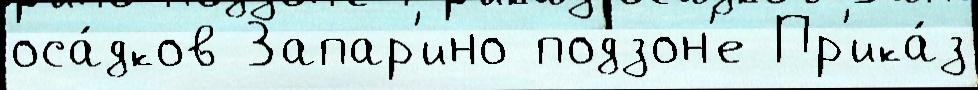
оса́дков Запар'ино подзон'е Пр'ика́з